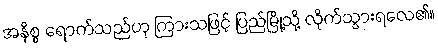
အနိစ္စ ရောက်သည်ဟု ကြားသဖြင့် ပြည်မြို့သို့ လိုက်သွားရလေ၏။